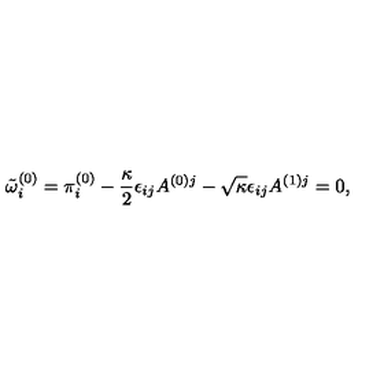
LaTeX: \tilde { \omega } _ { i } ^ { ( 0 ) } = \pi _ { i } ^ { ( 0 ) } - \frac { \kappa } { 2 } \epsilon _ { i j } A ^ { ( 0 ) j } - \sqrt { \kappa } \epsilon _ { i j } A ^ { ( 1 ) j } = 0 ,